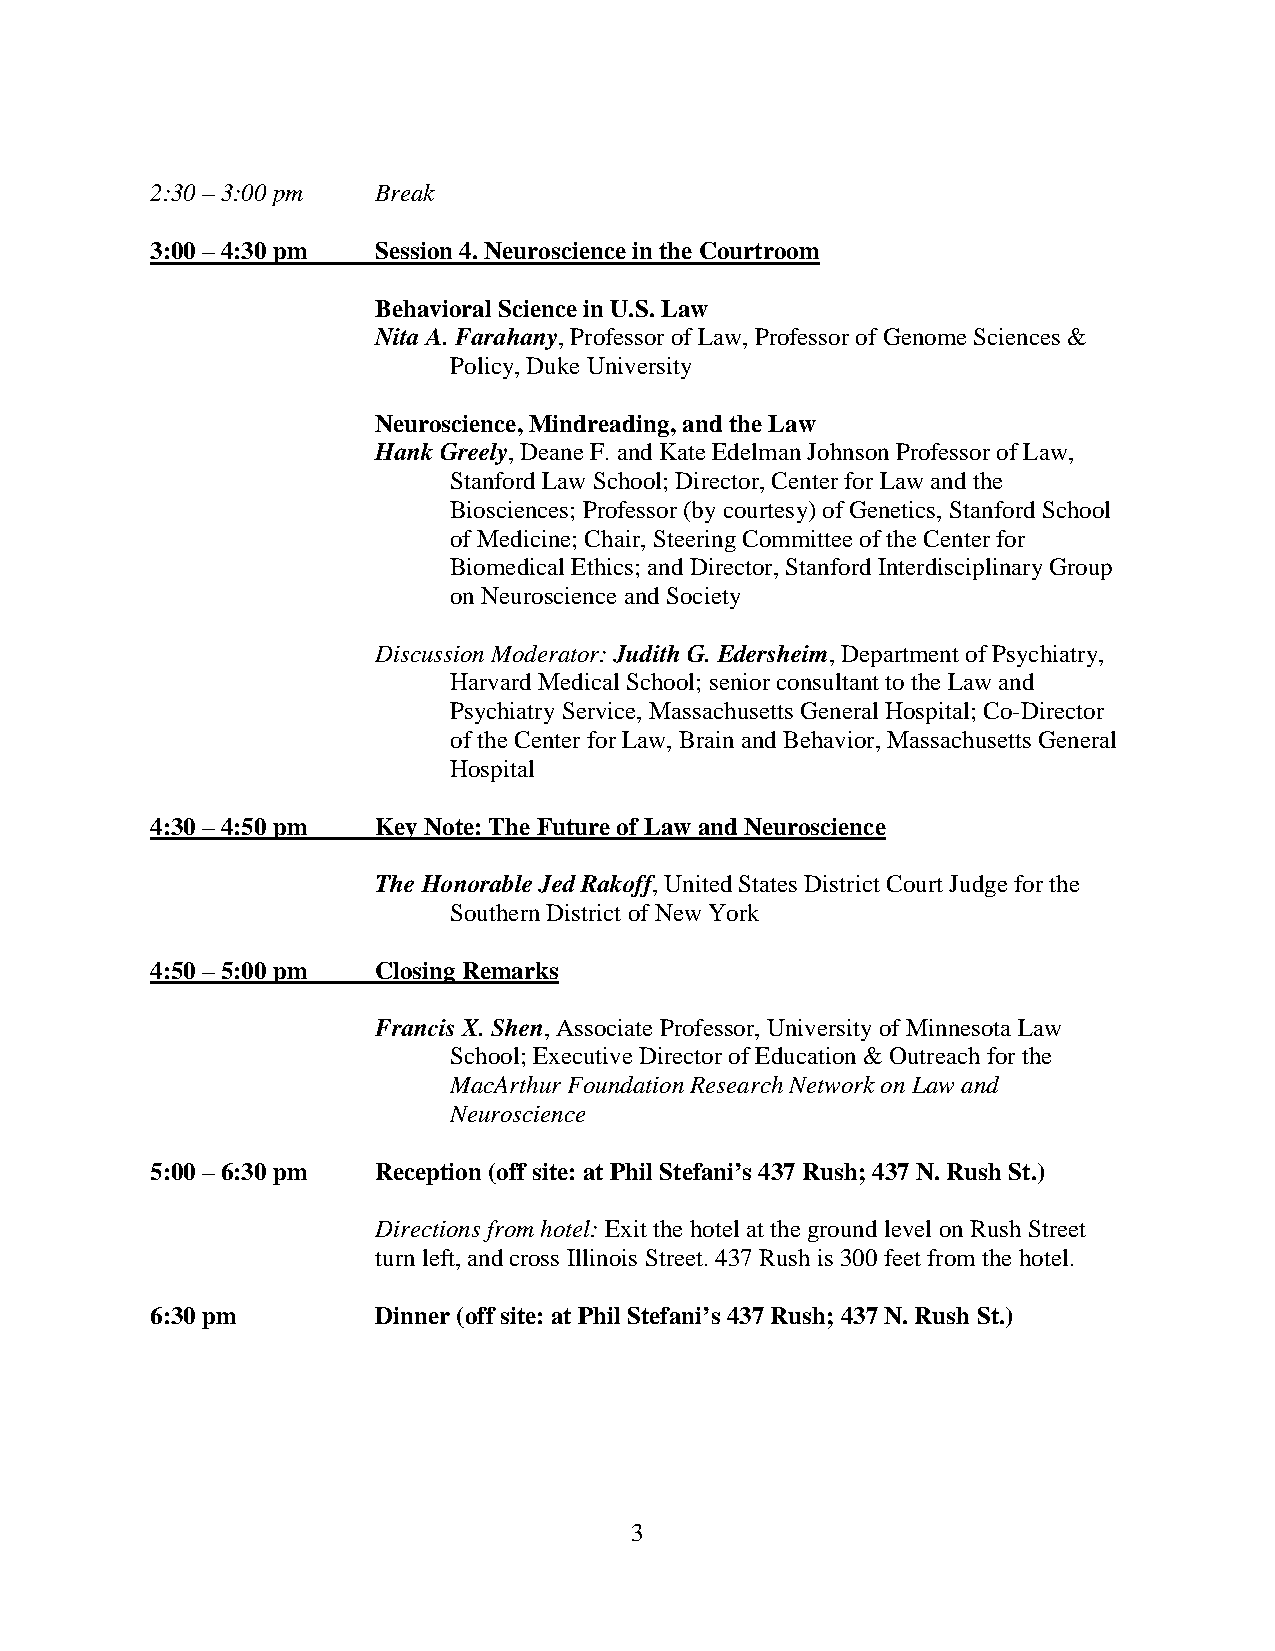
2:30 – 3:00 pm Break
 3:00 – 4:30 pm Session 4. Neuroscience in the Courtroom
 Behavioral Science in U.S. Law
 Nita A. Farahany, Professor of Law, Professor of Genome Sciences &
 Policy, Duke University
 Neuroscience, Mindreading, and the Law
 Hank Greely, Deane F. and Kate Edelman Johnson Professor of Law,
 Stanford Law School; Director, Center for Law and the
 Biosciences; Professor (by courtesy) of Genetics, Stanford School
 of Medicine; Chair, Steering Committee of the Center for
 Biomedical Ethics; and Director, Stanford Interdisciplinary Group
 on Neuroscience and Society
 Discussion Moderator: Judith G. Edersheim, Department of Psychiatry,
 Harvard Medical School; senior consultant to the Law and
 Psychiatry Service, Massachusetts General Hospital; Co-Director
 of the Center for Law, Brain and Behavior, Massachusetts General
 Hospital
 4:30 – 4:50 pm Key Note: The Future of Law and Neuroscience
 The Honorable Jed Rakoff, United States District Court Judge for the
 Southern District of New York
 4:50 – 5:00 pm Closing Remarks
 Francis X. Shen, Associate Professor, University of Minnesota Law
 School; Executive Director of Education & Outreach for the
 MacArthur Foundation Research Network on Law and
 Neuroscience
 5:00 – 6:30 pm Reception (off site: at Phil Stefani’s 437 Rush; 437 N. Rush St.)
 Directions from hotel: Exit the hotel at the ground level on Rush Street
 turn left, and cross Illinois Street. 437 Rush is 300 feet from the hotel.
 6:30 pm        Dinner (off site: at Phil Stefani’s 437 Rush; 437 N. Rush St.)
 3